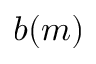
b ( m )